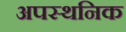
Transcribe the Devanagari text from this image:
अपस्थनिक